Kohila_vallavalitsus, lk 65
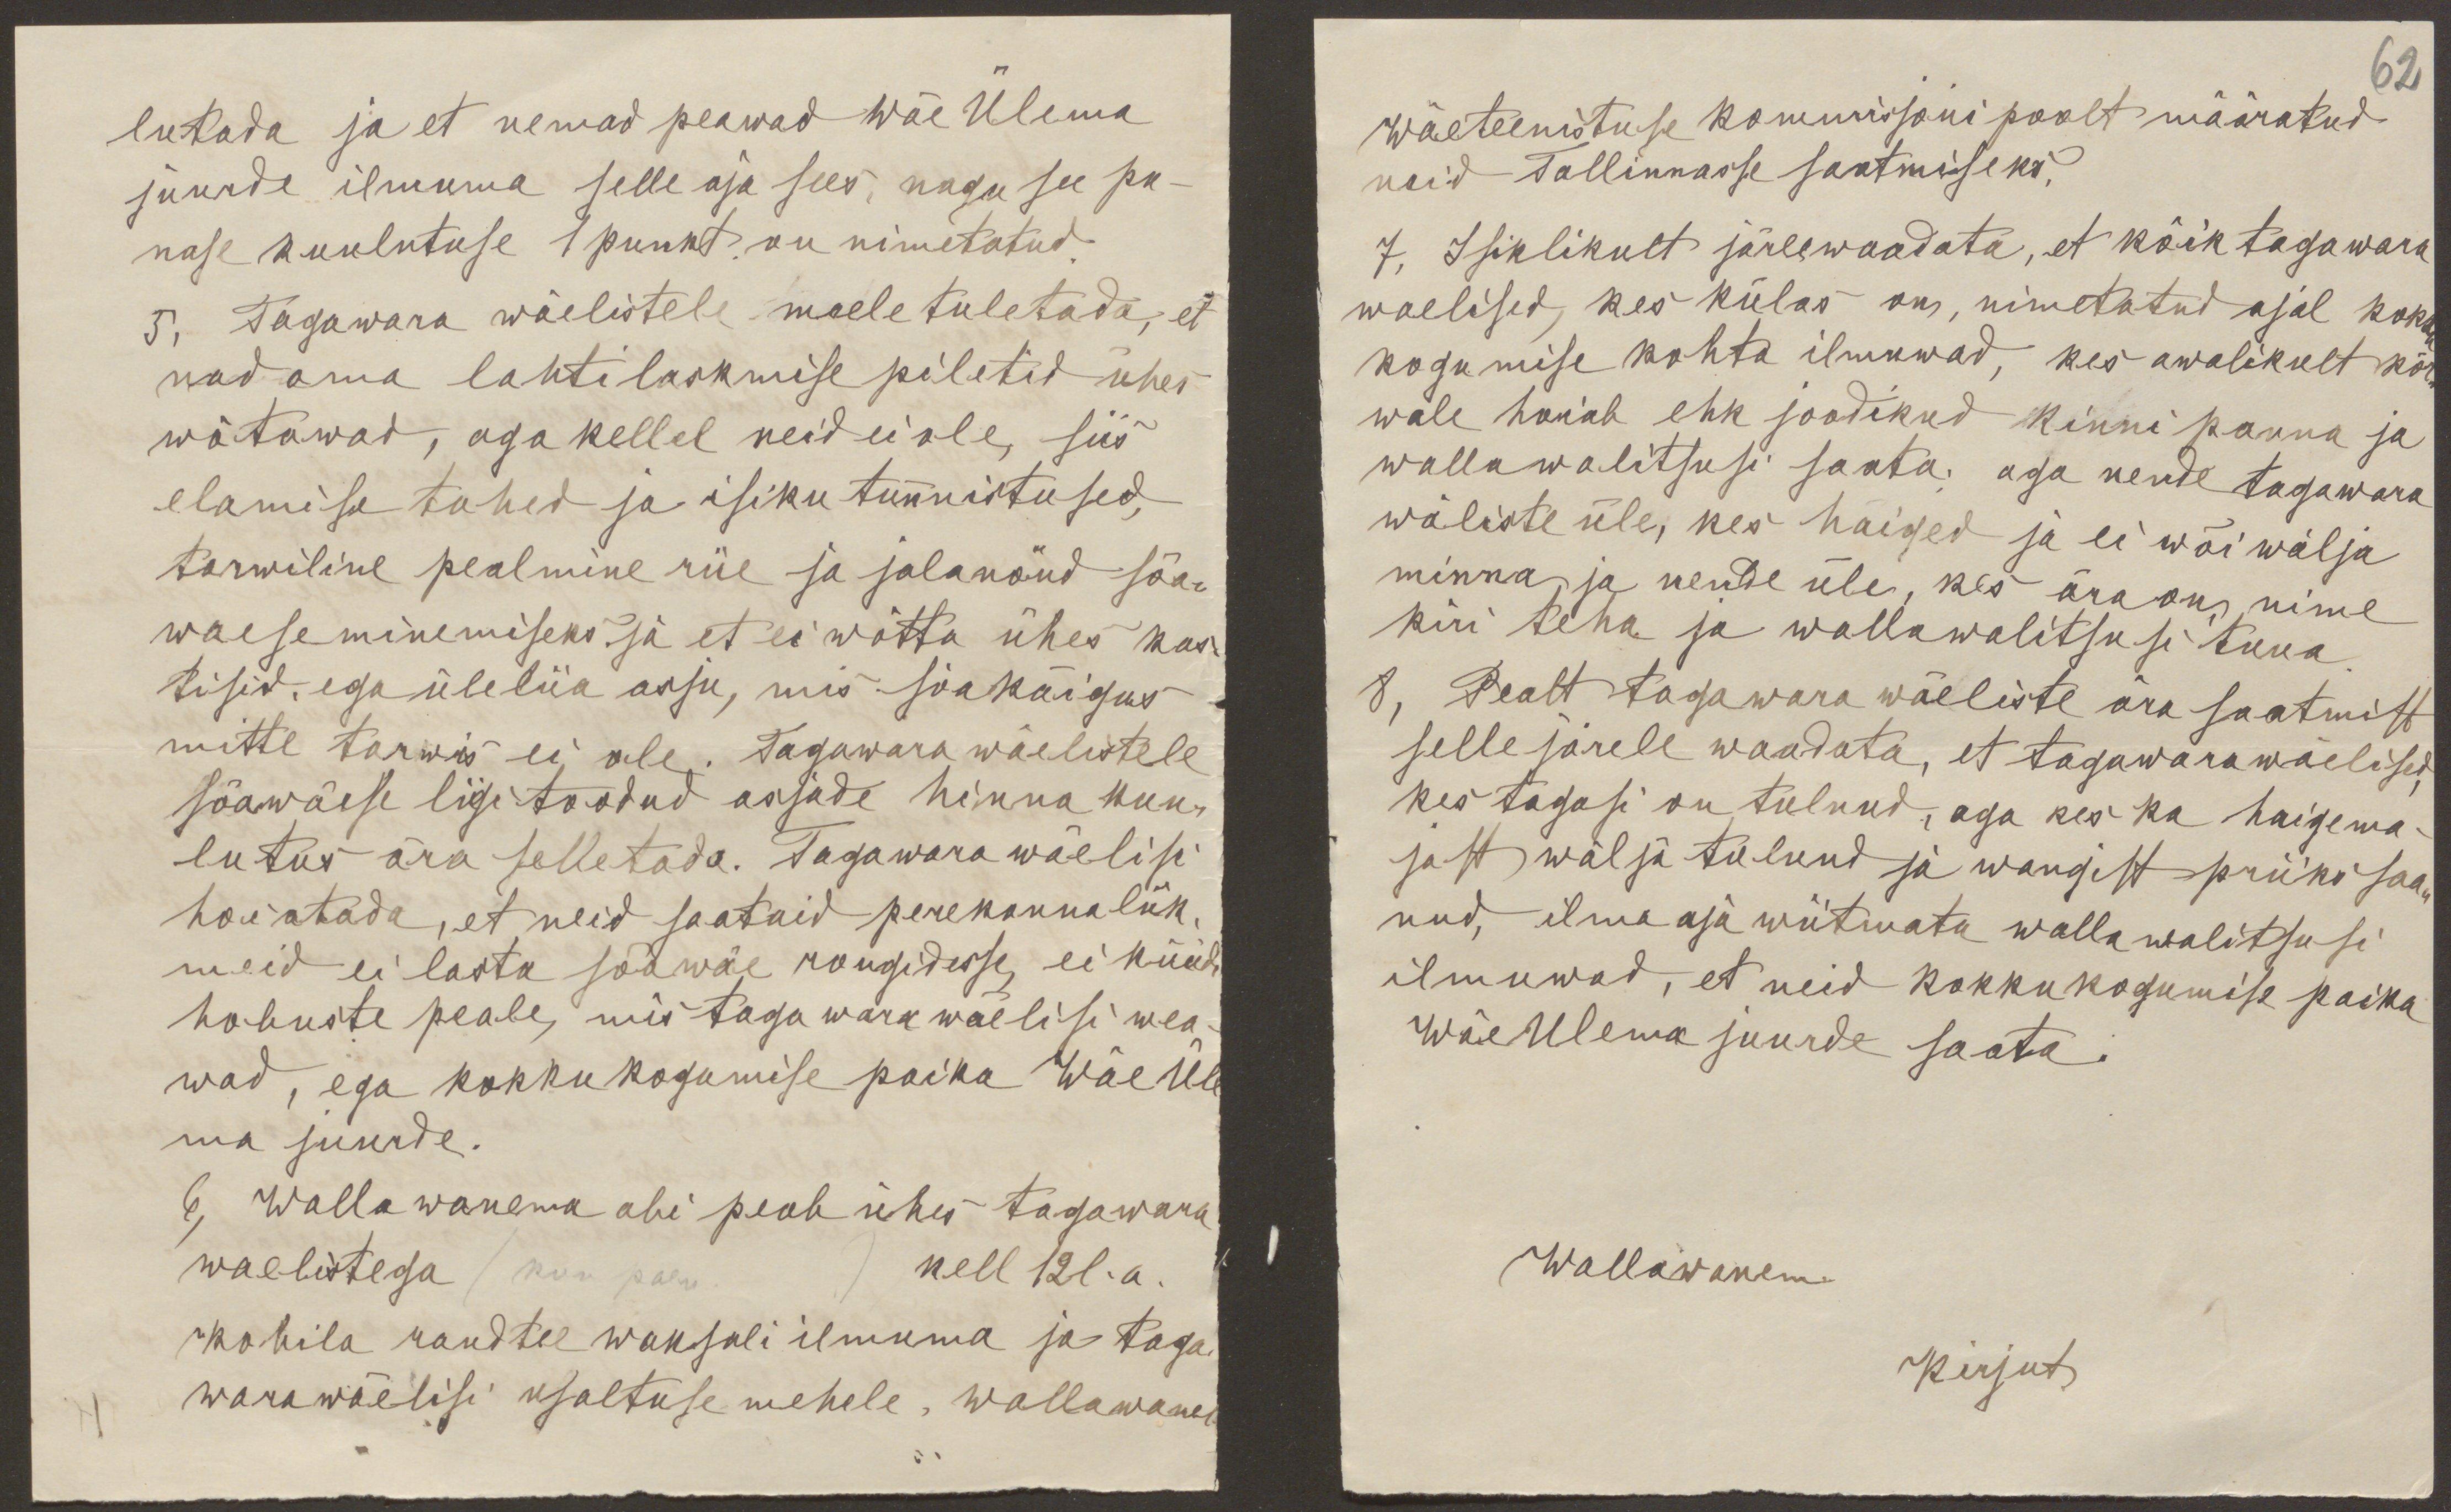
lutada ja et nemad peawad wäe Ülema
juurde ilmuma selle aja sees, nagu see pu-
nase kuulutuse 1 punkt on nimetatud.
5, Tagawara wäelistele meele tuletada, et
nad oma lahtilaskmise piletid ühes
wõtawad, aga kellel neid ei ole, siis
elamise tahed ja isiku tunnistused,
tarwiline pealmine riie ja jalanõud sõa-
waeseminemiseks ja et ei wõtta ühes kas-
tisid, ega üleliia asju, mis sõakäigus
mitte tarwis ei ole. Tagawara wäelistele
sõawäese ligi toodud asjade hinna kuu-
lutus ära selletada. Tagawara wäelisi
hoiatada, et neid saataid perekonna liik-
meid ei lasta sõawäe rongidesse, ei küüd-
hobuste peale, mis taga wara wäelisi wea-
wad, ega kokku kogumise paika Wäe Üle
ma juurde.
6, Walla wanema abi peab ühes tagawara
waelistega (kuu paew) kell 12l. a
Kohila raudtee waksali ilmuma ja taga-
warawäelisi usaltuse mehele, wallawane

62
wäeteenistuse kommisjoni poolt määratud
neid Tallinnasse saatmiseks.
7, Isiklikult järlewaadata, et kõik tagawara
waelised, kes külas on, nimetatud ajal kokku
kogumise kohta ilmuwad, kes awalikult kõr-
wale hoiab ehk joodikud kinni panna ja
wallawalitsuse saata, aga nende tagawara
wäliste üle, kes haiged ja ei wõi wälja
minna ja nende üle, kes ära on, nime
kiri teha ja wallawalitsusi tuua
8, Pealt tagawara wäeliste ära saatmist
selle järele waadata, et tagawara wäelised,
kes tagasi on tulnud, aga kes ka haigema
jast wälja tulnud ja wangist priiks saa-
nud, ilma aja wiitmata walla walitsusi
ilmuvad, et neid kokkukogumise paika
WäeUlema juurde saata
Wallawanem.
Kirjut.